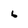
Character: 6